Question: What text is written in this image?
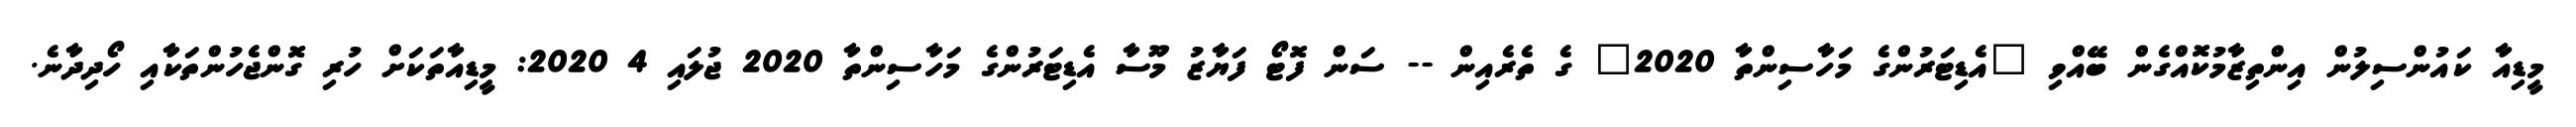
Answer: މީޑިއާ ކައުންސިލުން އިންތިޒާމުކޮއްގެން ބޭއްވި "އެޑިޓަރުންގެ މަހާސިންތާ 2020" ގެ ތެރެއިން -- ސަން ފޮޓޯ ފަޔާޒު މޫސާ އެޑިޓަރުންގެ މަހާސިންތާ 2020 ޖުލައި 4 2020: މީޑިއާތަކަށް ހުރި ގޮންޖެހުންތަކާއި ހޯދިދާނެ.